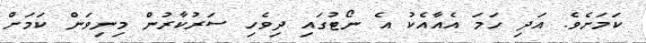
ކަމަށެވެ. އަދި ހަމަ އެއާއެކު އެ ނޯޓުގައި ދިވެހި ސަރުކާރުން މިނިވަން ކަމަށް